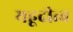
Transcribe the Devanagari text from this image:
यहूदीत्व